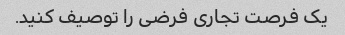
یک فرصت تجاری فرضی را توصیف کنید.